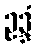
ဥဒ္ဒံ